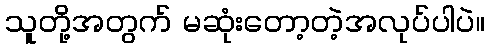
သူတို့အတွက် မဆုံးတော့တဲ့အလုပ်ပါပဲ။